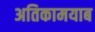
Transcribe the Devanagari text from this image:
अतिकामयाब